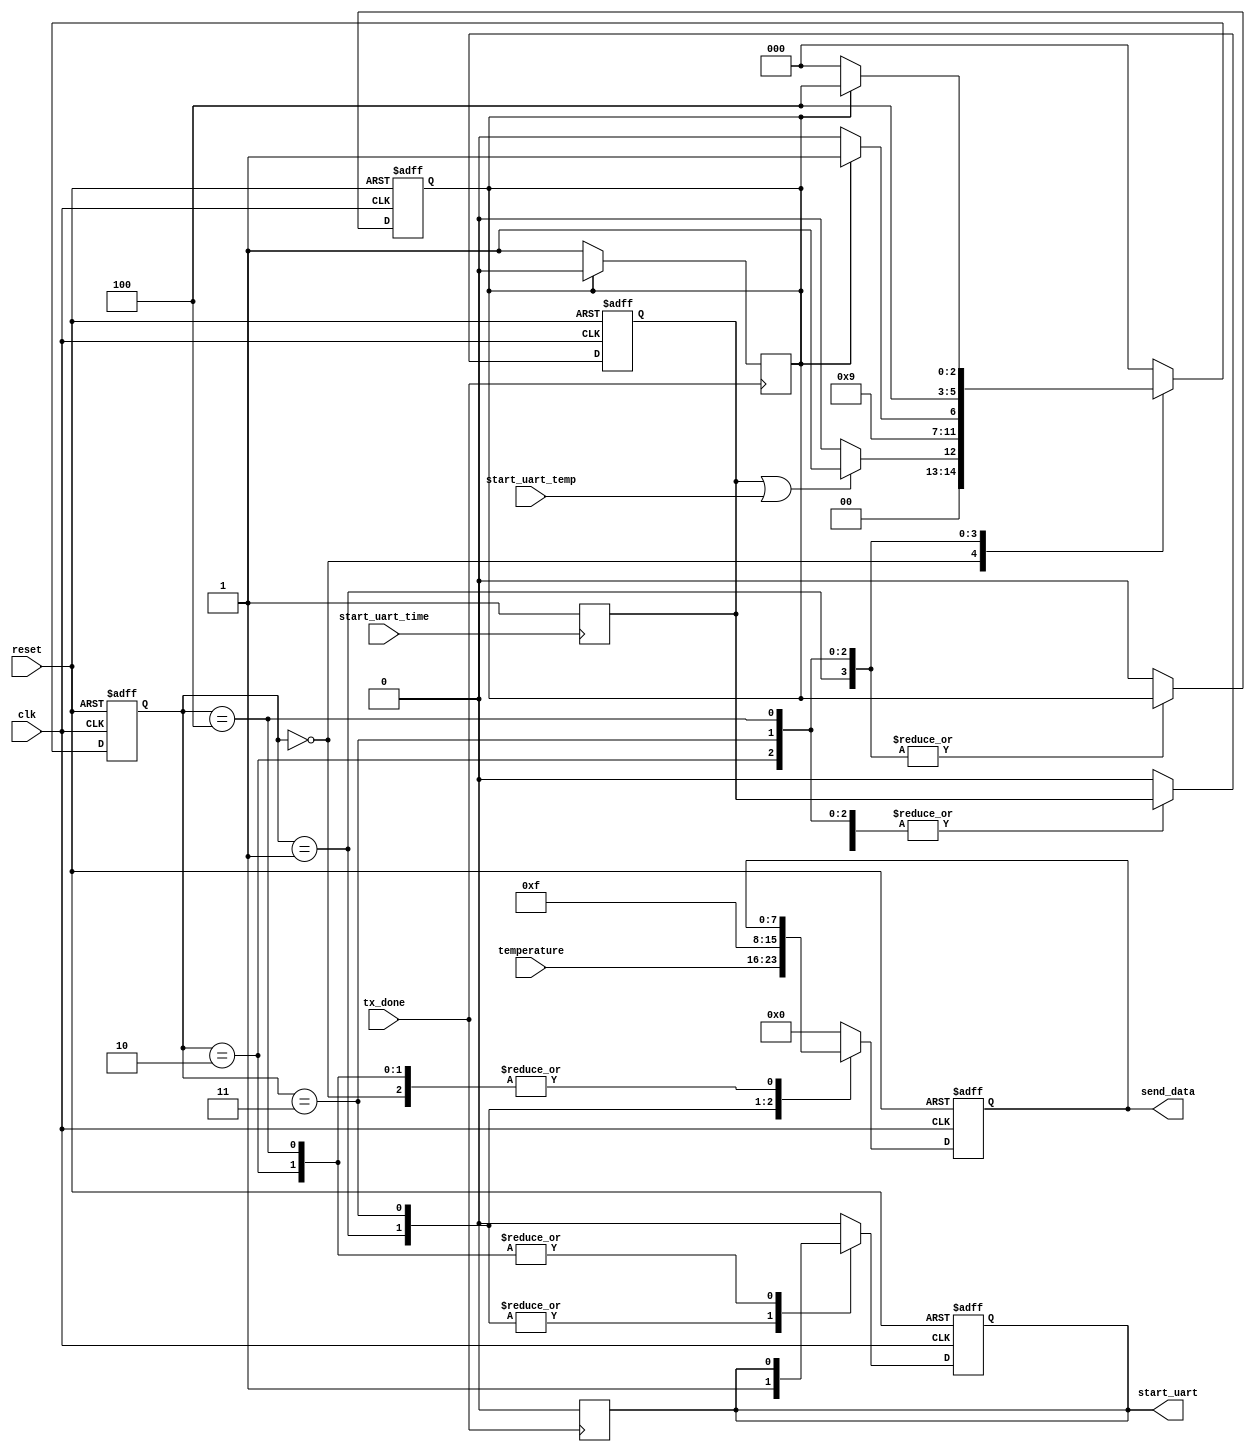
`timescale 1ns / 1ps
`define minimum_temp 0
`define maximum_temp 250
`define alarm_temp   200
`define IDLE                              0
`define SEND_FIRST_FRAME                  1
`define WAIT_FOR_FIRST_TRANSMITION_DONE   2
`define SEND_SECOND_FRAME                 3
`define WAIT_FOR_SECOND_TRANSMITION_DONE  4

module MCU(
    input clk,
    input reset,
    input [7:0]temperature,
//    input [5:0]seconds,
//    input [5:0]minutes,
//    input [4:0]hours,
//    input [4:0]days,
//    input [3:0]months,
    input start_uart_time,
    input start_uart_temp,
    input tx_done,
    output reg[7:0]send_data,
    output reg start_uart
    );
    
    reg frame;
    reg ready_to_send;
    reg [2:0]current_state;
    
    always @(posedge start_uart_time) begin /*begin always*/
        ready_to_send <= 1;
    end /*end always*/
    
    always @(posedge clk or posedge reset) begin /*begin always*/
        if (reset) begin
            send_data <= 0;
            start_uart <= 0;
            frame <= 0;
            ready_to_send <= 0;
            current_state <= `IDLE;
        end
        else begin /*begin else*/
        case (current_state)
            `IDLE : begin /*begin IDLE*/
                frame <= 0;
                start_uart <= 0;
                if (ready_to_send || start_uart_temp) begin
                    current_state <= `SEND_FIRST_FRAME;
                end
                else begin
                    current_state <= `IDLE;
                end
            end /*end IDLE*/
            
            `SEND_FIRST_FRAME : begin /*begin SEND_FIRST_FRAME*/
                send_data <= temperature;
                start_uart <= 1;
                ready_to_send <= 0;
                current_state <= `WAIT_FOR_FIRST_TRANSMITION_DONE;
            end /*end SEND_FIRST_FRAME*/
            
            `WAIT_FOR_FIRST_TRANSMITION_DONE : begin /*begin WAIT_FOR_FIRST_TRANSMITION_DONE*/
                if (frame == 0) begin
                    current_state <= `WAIT_FOR_FIRST_TRANSMITION_DONE;
                end
                else if (frame == 1) begin
                    current_state <= `SEND_SECOND_FRAME;
                end
            end /*end WAIT_FOR_FIRST_TRANSMITION_DONE*/
            
            `SEND_SECOND_FRAME : begin /*begin SEND_SECOND_FRAME*/
                send_data <= 8'b00001111/*seconds*/;
                start_uart <= 1;
                current_state <= `WAIT_FOR_SECOND_TRANSMITION_DONE;
            end /*end SEND_SECOND_FRAME*/
            
            `WAIT_FOR_SECOND_TRANSMITION_DONE : begin /*begin WAIT_FOR_SECOND_TRANSMITION_DONE*/
                if (frame == 0) begin
                    current_state <= `IDLE;
                end
                else begin
                    current_state <= `WAIT_FOR_SECOND_TRANSMITION_DONE;
                end
            end /*end WAIT_FOR_SECOND_TRANSMITION_DONE*/
            
            default : begin
                current_state <= `IDLE;
                ready_to_send <= 0;
                frame <= 0;
                send_data <= 0;
                start_uart <= 0;
            end
            
        endcase
        end /*end else*/
    end /*end always*/
    
    always @(posedge tx_done) begin /*begin always*/
        start_uart <= 0;
        if (frame == 0)begin
            frame <= 1;
        end
        else if (frame == 1) begin
            frame <= 0;
        end
    end /*end always*/
        
endmodule